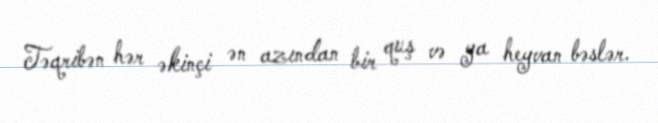
Təqribən hər əkinçi ən azından bir quş və ya heyvan bəslər.